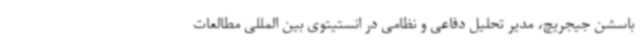
باسشن جیجریچ، مدیر تحلیل دفاعی و نظامی در انستیتوی بین المللی مطالعات